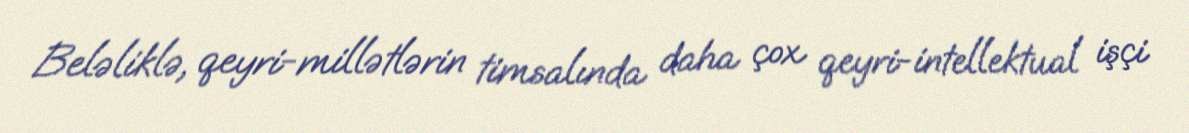
Beləliklə, qeyri-millətlərin timsalında daha çox qeyri-intellektual işçi